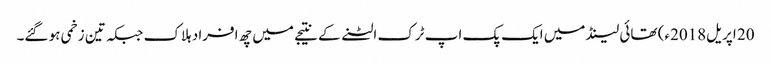
20 اپریل2018ء) تھائی لینڈ میں ایک پک اپ ٹرک الٹنے کے نتیجے میں چھ افراد ہلاک جبکہ تین زخمی ہو گئے۔